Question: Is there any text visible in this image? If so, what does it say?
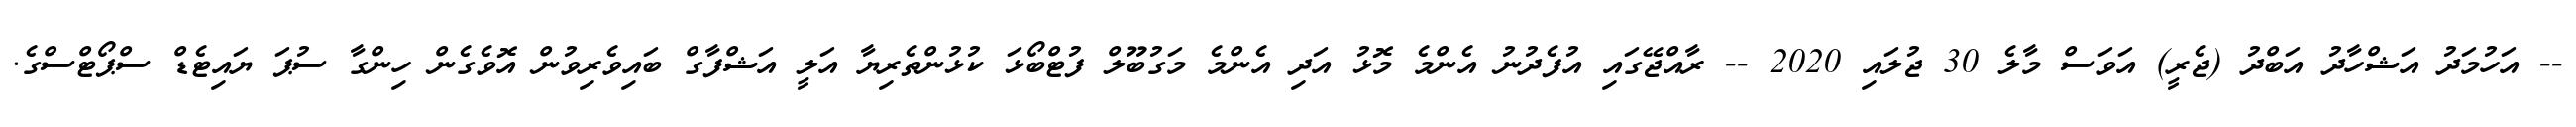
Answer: -- އަހުމަދު އަޝްހާދު އަބްދު (ޖެރީ) އަވަސް މާލެ 30 ޖުލައި 2020 -- ރާއްޖޭގައި އުފެދުނު އެންމެ މޮޅު އަދި އެންމެ މަގުބޫލް ފުޓްބޯޅަ ކުޅުންތެރިޔާ އަލީ އަޝްފާގް ބައިވެރިވުން އޮވެގެން ހިންގާ ސުޕަ ޔައިޓެޑް ސްޕޯޓްސްގެ.